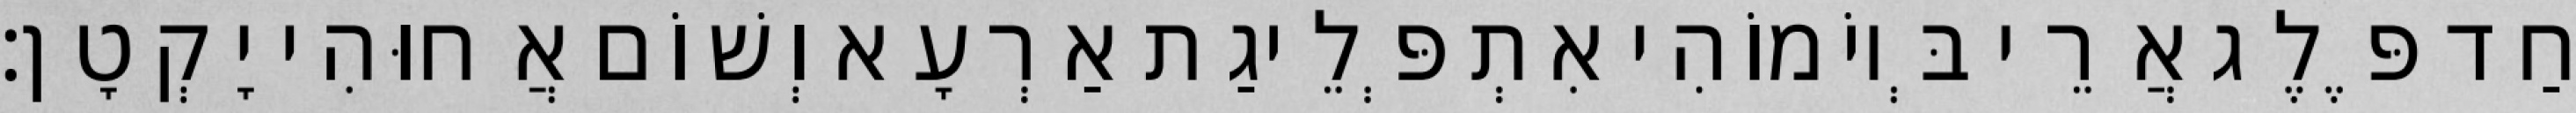
חַד פֶּלֶג אֲרֵי בְּיוֹמוֹהִי אִתְפְּלֵיגַת אַרְעָא וְשׁוֹם אֲחוּהִי יָקְטָן׃